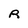
Character: R